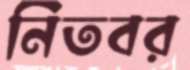
নিতবর